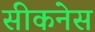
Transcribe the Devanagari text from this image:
सीकनेस